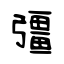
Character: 彊